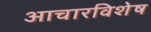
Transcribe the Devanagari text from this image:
आचारविशेष